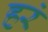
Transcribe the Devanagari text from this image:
हरं